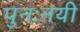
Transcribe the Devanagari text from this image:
पुनःनयी